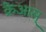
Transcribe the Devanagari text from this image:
क्रेआस्